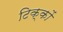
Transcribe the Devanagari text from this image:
टिक्कों